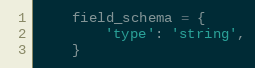
Language: Python
    field_schema = {
        'type': 'string',
    }